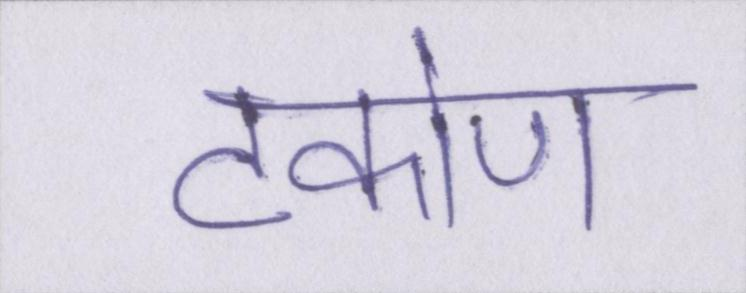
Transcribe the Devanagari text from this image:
टकोण